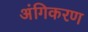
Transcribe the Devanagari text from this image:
अंगिकरण